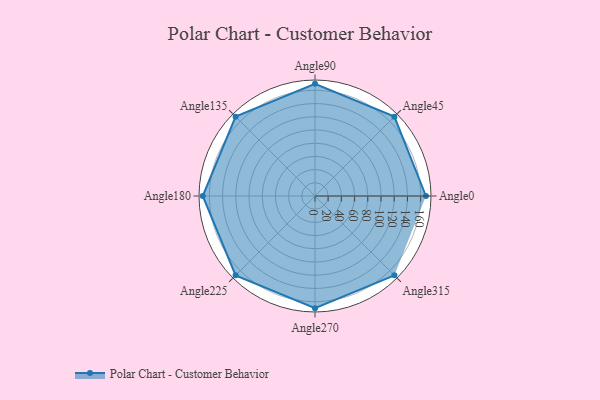
{"axis": {"x": "Angle", "y": "Radius"}, "legend": [""], "data": [{"x": "Angle0", "y": 168.0, "type": ""}, {"x": "Angle45", "y": 170, "type": ""}, {"x": "Angle90", "y": 170, "type": ""}, {"x": "Angle135", "y": 170, "type": ""}, {"x": "Angle180", "y": 170, "type": ""}, {"x": "Angle225", "y": 170, "type": ""}, {"x": "Angle270", "y": 170, "type": ""}, {"x": "Angle315", "y": 170, "type": ""}]}